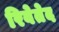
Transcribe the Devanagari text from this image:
रिवेतेद